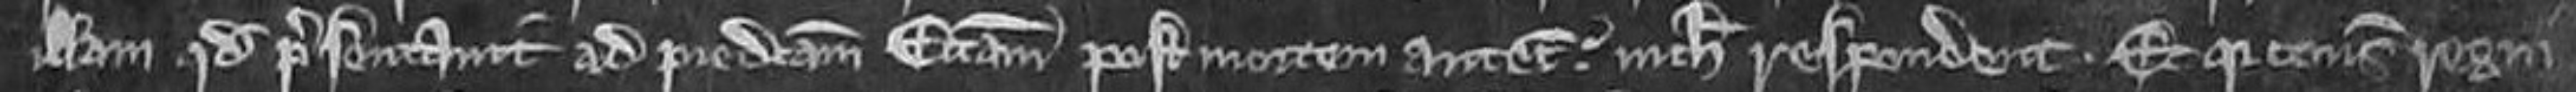
illam quod presentavit ad predictam ecclesiam post mortem antecessoris nichil respondent. Et quia consuetudo regni